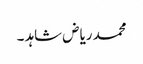
محمد ریاض شاہد ۔